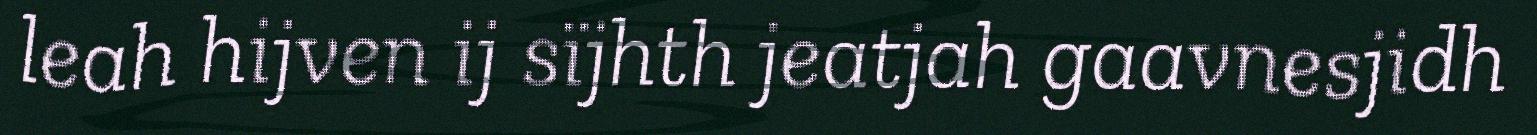
leah hijven ij sïjhth jeatjah gaavnesjidh